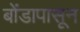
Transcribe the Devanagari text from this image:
बोंडापासून